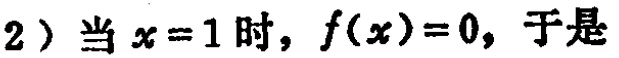
2）当 \(x = 1\) 时，\(f(x)=0\)，于是